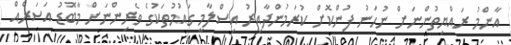
އާންމު ރައްޔިތުންނަށް ނުހަނު ފުންކޮށް ކުރަމުންދާއިރު އިސްލާމީ ގައުމުތަކުގެ ވެރިންނަށް މާބޮޑު އަސަރެއް